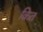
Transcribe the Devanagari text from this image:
क़ित